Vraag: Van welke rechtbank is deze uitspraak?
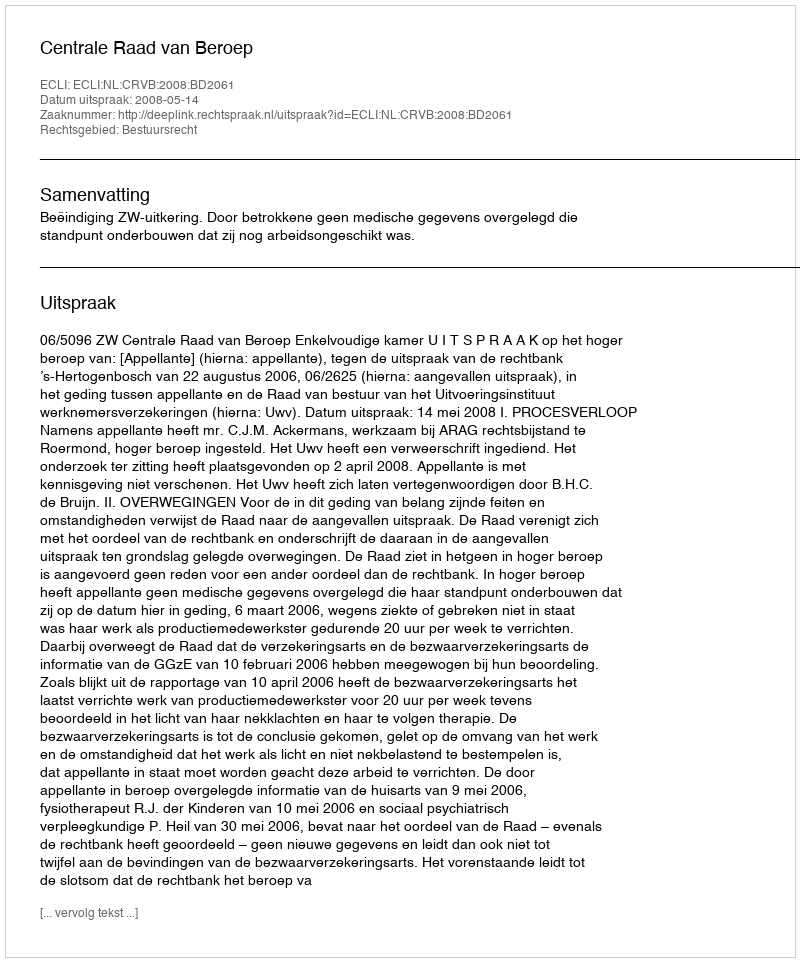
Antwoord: Centrale Raad van Beroep